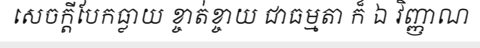
សេចក្តីបែកធ្លាយ ខ្ចាត់ខ្ចាយ ជាធម្មតា ក៏ ឯ វិញ្ញាណ